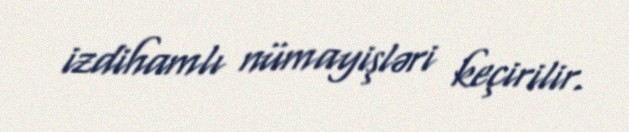
izdihamlı nümayişləri keçirilir.